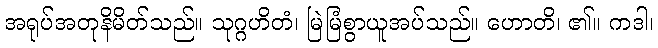
အရုပ်အတုနိမိတ်သည်။ သုဂ္ဂဟိတံ၊ မြဲမြံစွာယူအပ်သည်။ ဟောတိ၊ ၏။ ကဒါ၊